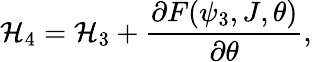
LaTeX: \displaystyle\mathcal{H}_{4}=\mathcal{H}_{3}+\frac{\partial F(\psi_{3},J,\theta)}{\partial\theta},